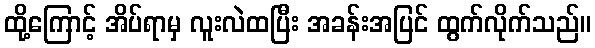
ထို့ကြောင့် အိပ်ရာမှ လူးလဲထပြီး အခန်းအပြင် ထွက်လိုက်သည်။